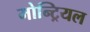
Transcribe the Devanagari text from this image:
मोन्ट्रियल